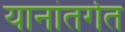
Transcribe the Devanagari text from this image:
यानांतर्गत